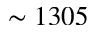
\sim 1 3 0 5